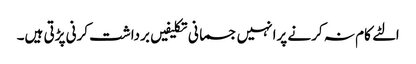
الٹے کام نہ کرنے پرانہیں جسمانی تکلیفیں برداشت کرنی پڑتی ہیں۔